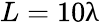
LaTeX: L=10\uplambda